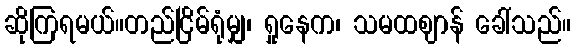
ဆိုကြရမယ်။တည်ငြိမ်ရုံမျှ၊ ရှုနေက၊ သမထဈာန် ခေါ်သည်။